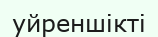
уйреншікті